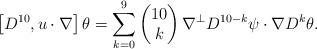
LaTeX: \begin{align*}\left[D^{10}, u\cdot \nabla\right] \theta=\sum_{k=0}^9 \begin{pmatrix}10\\k\end{pmatrix} \nabla^\bot D^{10-k} \psi \cdot \nabla D^k \theta.\end{align*}